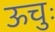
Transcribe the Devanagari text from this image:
ऊचुः